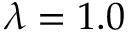
\lambda = 1 . 0